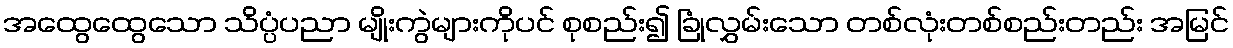
အထွေထွေသော သိပ္ပံပညာ မျိုးကွဲများကိုပင် စုစည်း၍ ခြုံလွှမ်းသော တစ်လုံးတစ်စည်းတည်း အမြင်